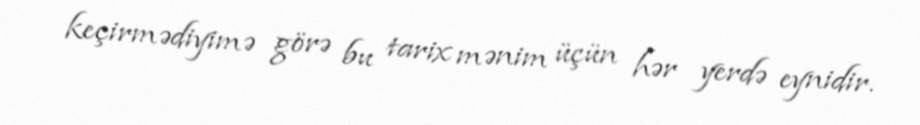
keçirmədiyimə görə bu tarix mənim üçün hər yerdə eynidir.